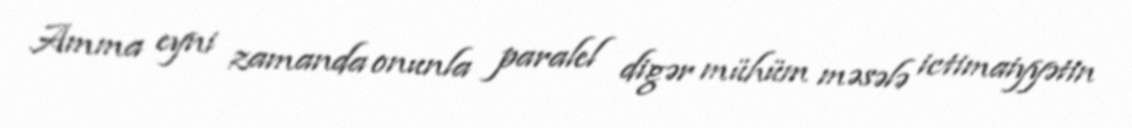
Amma eyni zamanda onunla paralel digər mühüm məsələ ictimaiyyətin